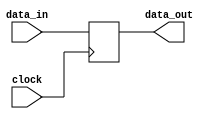
`timescale 1ns / 1ps

module MemoryData_register(
	input clock,
	input [23:0] data_in,
	output [23:0] data_out
   );

	reg [23:0] Reg;

	assign data_out = Reg;

	always@(posedge clock)
		begin
		Reg <= data_in;
		end

endmodule